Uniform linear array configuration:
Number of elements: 48
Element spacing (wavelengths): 0.75
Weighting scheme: cosine
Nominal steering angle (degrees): -30
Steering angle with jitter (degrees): -29.966
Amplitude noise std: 0.05
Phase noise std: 0.05

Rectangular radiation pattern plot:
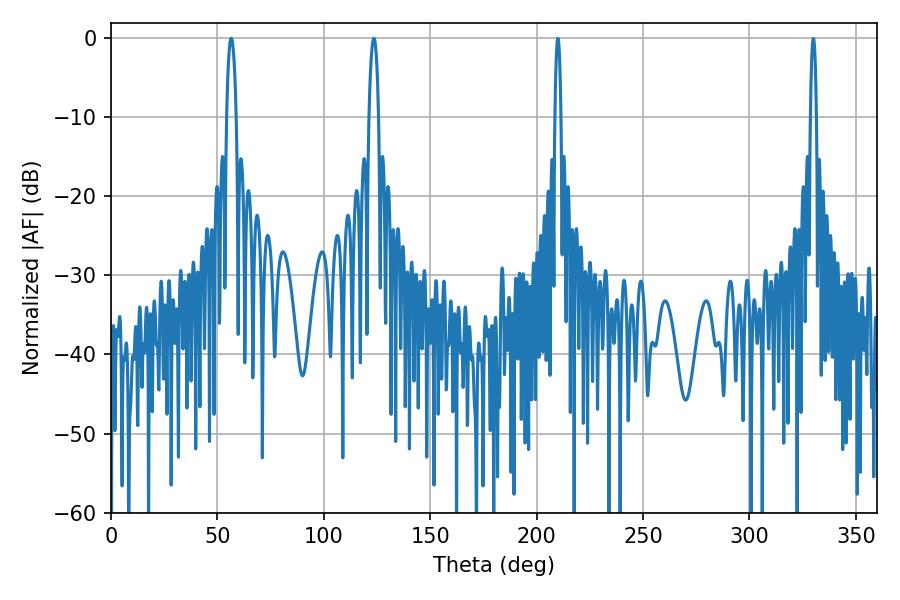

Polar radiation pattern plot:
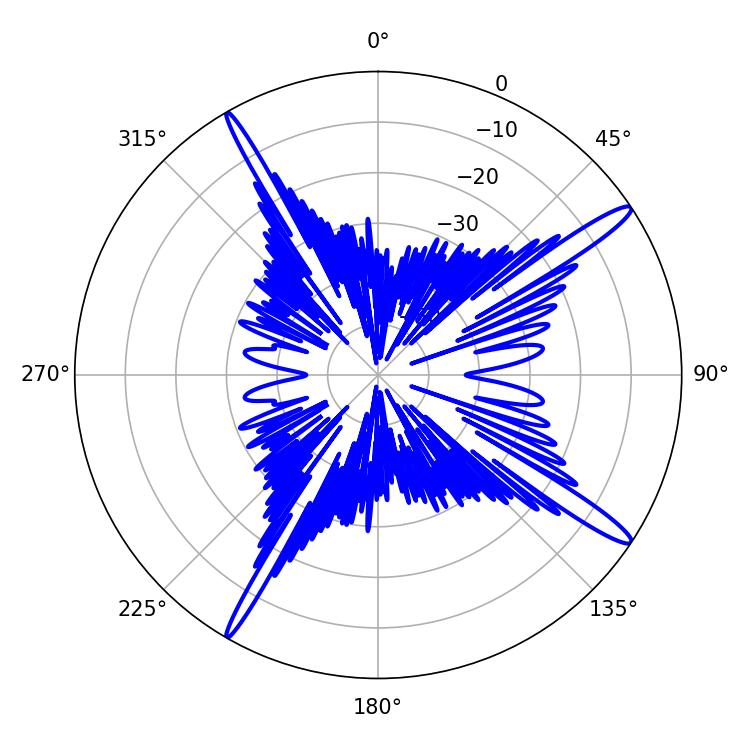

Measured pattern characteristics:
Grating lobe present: TRUE
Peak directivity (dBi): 15.825
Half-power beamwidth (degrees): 2.52
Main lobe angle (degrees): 56.52